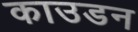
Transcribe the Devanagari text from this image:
काउडन